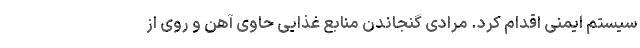
سیستم ایمنی اقدام کرد. مرادی گنجاندن منابع غذایی حاوی آهن و روی از